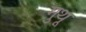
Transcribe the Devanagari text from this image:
मुथू